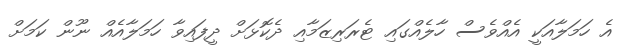
އެ ހަމަލާއަކީ އެއްވެސް ހާލެއްގައި ޓެރަރިޒަމާއި ދެކޮޅަށް ދީފައިވާ ހަމަލާއެއް ނޫން ކަމަށް